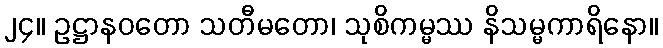
၂၄။ ဥဋ္ဌာနဝတော သတီမတော၊ သုစိကမ္မဿ နိသမ္မကာရိနော။